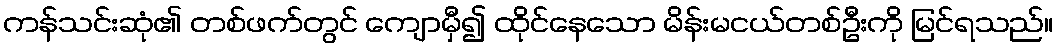
ကန်သင်းဆုံ၏ တစ်ဖက်တွင် ကျောမှီ၍ ထိုင်နေသော မိန်းမငယ်တစ်ဦးကို မြင်ရသည်။